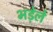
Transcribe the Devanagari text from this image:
भड़ेले